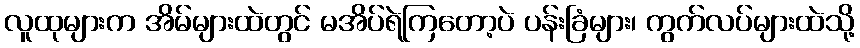
လူထုများက အိမ်များထဲတွင် မအိပ်ရဲကြတော့ပဲ ပန်းခြံများ၊ ကွက်လပ်များထဲသို့